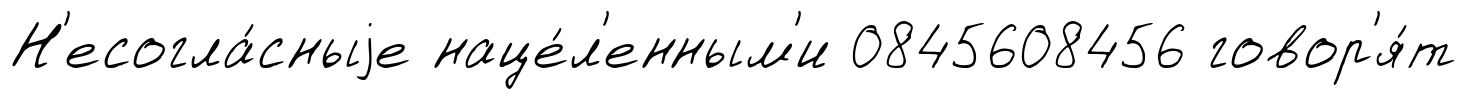
Н'есогла́сныjе наце́л'енным'и 0845608456 говор'я́т